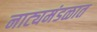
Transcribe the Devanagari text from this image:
नाट्यमंडळात